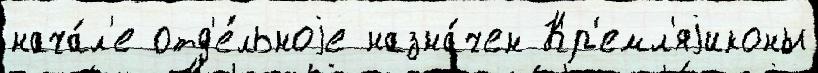
нача́л'е отд'е́льноjе назна́чен Кр'емл'яjиконы